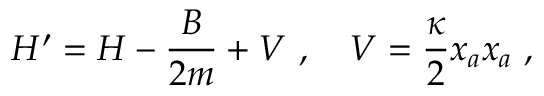
H ^ { \prime } = H - \frac { B } { 2 m } + V \ , \quad V = \frac { \kappa } { 2 } x _ { a } x _ { a } \ ,